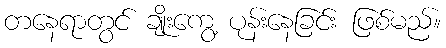
တနေရာတွင် ချိုးကွေ့ ပုန်းနေခြင်း ဖြစ်မည်။